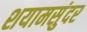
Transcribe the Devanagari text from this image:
शयामसुंदर